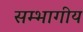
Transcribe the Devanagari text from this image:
सम्भागीय